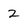
Character: 2